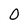
Character: 0